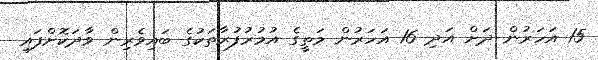
15 އަހަރުން ދަށް އަދި 16 އަހަރުން މަތީގެ އުމުރުފުރާތަކުގެ ބައިވެރިން ވާދަކޮށްފައި